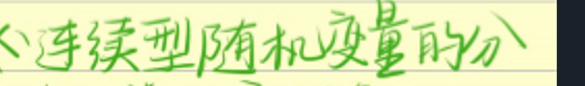
连续型随机变量的分